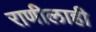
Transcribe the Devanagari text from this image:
राणीलाही